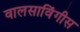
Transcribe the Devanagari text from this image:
वालसाविंगीस